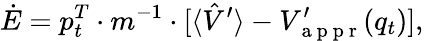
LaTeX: \dot{E}=p_{t}^{T}\cdot m^{-1}\cdot\lbrack\langle\hat{V}^{\prime}\rangle-V_{\mathrm{~a~p~p~r~}}^{\prime}(q_{t})],